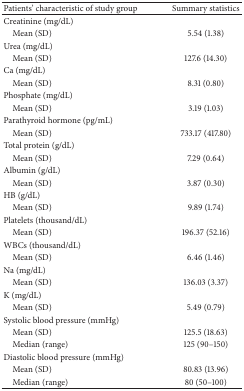
<table><thead><tr><td><b>Patients&#x27; characteristic of study group</b></td><td><b>Summary statistics</b></td></tr></thead><tbody><tr><td>Creatinine (mg/dL)</td><td> </td></tr><tr><td> Mean (SD)</td><td>5.54 (1.38)</td></tr><tr><td>Urea (mg/dL)</td><td> </td></tr><tr><td> Mean (SD)</td><td>127.6 (14.30)</td></tr><tr><td>Ca (mg/dL)</td><td> </td></tr><tr><td> Mean (SD)</td><td>8.31 (0.80)</td></tr><tr><td>Phosphate (mg/dL)</td><td> </td></tr><tr><td> Mean (SD)</td><td>3.19 (1.03)</td></tr><tr><td>Parathyroid hormone (pg/mL)</td><td> </td></tr><tr><td> Mean (SD)</td><td>733.17 (417.80)</td></tr><tr><td>Total protein (g/dL)</td><td> </td></tr><tr><td> Mean (SD)</td><td>7.29 (0.64)</td></tr><tr><td>Albumin (g/dL)</td><td> </td></tr><tr><td> Mean (SD)</td><td>3.87 (0.30)</td></tr><tr><td>HB (g/dL)</td><td> </td></tr><tr><td> Mean (SD)</td><td>9.89 (1.74)</td></tr><tr><td>Platelets (thousand/dL)</td><td> </td></tr><tr><td> Mean (SD)</td><td>196.37 (52.16)</td></tr><tr><td>WBCs (thousand/dL)</td><td> </td></tr><tr><td> Mean (SD)</td><td>6.46 (1.46)</td></tr><tr><td>Na (mg/dL)</td><td> </td></tr><tr><td> Mean (SD)</td><td>136.03 (3.37)</td></tr><tr><td>K (mg/dL)</td><td> </td></tr><tr><td> Mean (SD)</td><td>5.49 (0.79)</td></tr><tr><td>Systolic blood pressure (mmHg)</td><td> </td></tr><tr><td> Mean (SD)</td><td>125.5 (18.63)</td></tr><tr><td> Median (range)</td><td>125 (90–150)</td></tr><tr><td>Diastolic blood pressure (mmHg)</td><td> </td></tr><tr><td> Mean (SD)</td><td>80.83 (13.96)</td></tr><tr><td> Median (range)</td><td>80 (50–100)</td></tr></tbody></table>